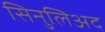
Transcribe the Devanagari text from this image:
सिनुलिअद